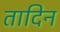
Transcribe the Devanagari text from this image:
तादिन